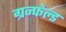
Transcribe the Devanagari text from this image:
ग्रन्फेल्ड